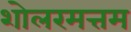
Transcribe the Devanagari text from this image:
शोलरमत्तम